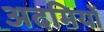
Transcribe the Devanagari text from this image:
अदमियों